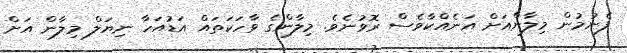
ފެނުމުން މިލާންއަށް އަނެއްކާވެސް ރޮވުނެވެ. މިލާންގެ ވާހަކަތައް އަޑުއަހާ ނިޔަލް މިލާން އަށް